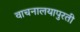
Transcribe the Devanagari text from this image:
वाचनालयापुरती